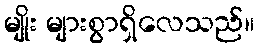
မျိုး များစွာရှိလေသည်။